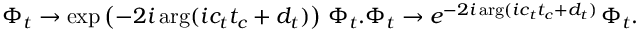
\Phi _ { t } \rightarrow \exp \left( - 2 i \arg ( i c _ { t } t _ { c } + d _ { t } ) \right) \, \Phi _ { t } . \Phi _ { t } \rightarrow e ^ { - 2 i \arg ( i c _ { t } t _ { c } + d _ { t } ) } \, \Phi _ { t } .